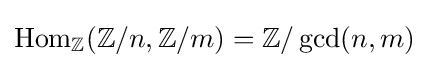
\operatorname {Hom} _{\mathbb {Z} }(\mathbb {Z} /n,\mathbb {Z} /m)=\mathbb {Z} /\operatorname {gcd} (n,m)